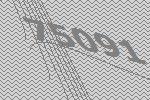
75091